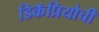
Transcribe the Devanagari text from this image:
डिकॅप्रियोची